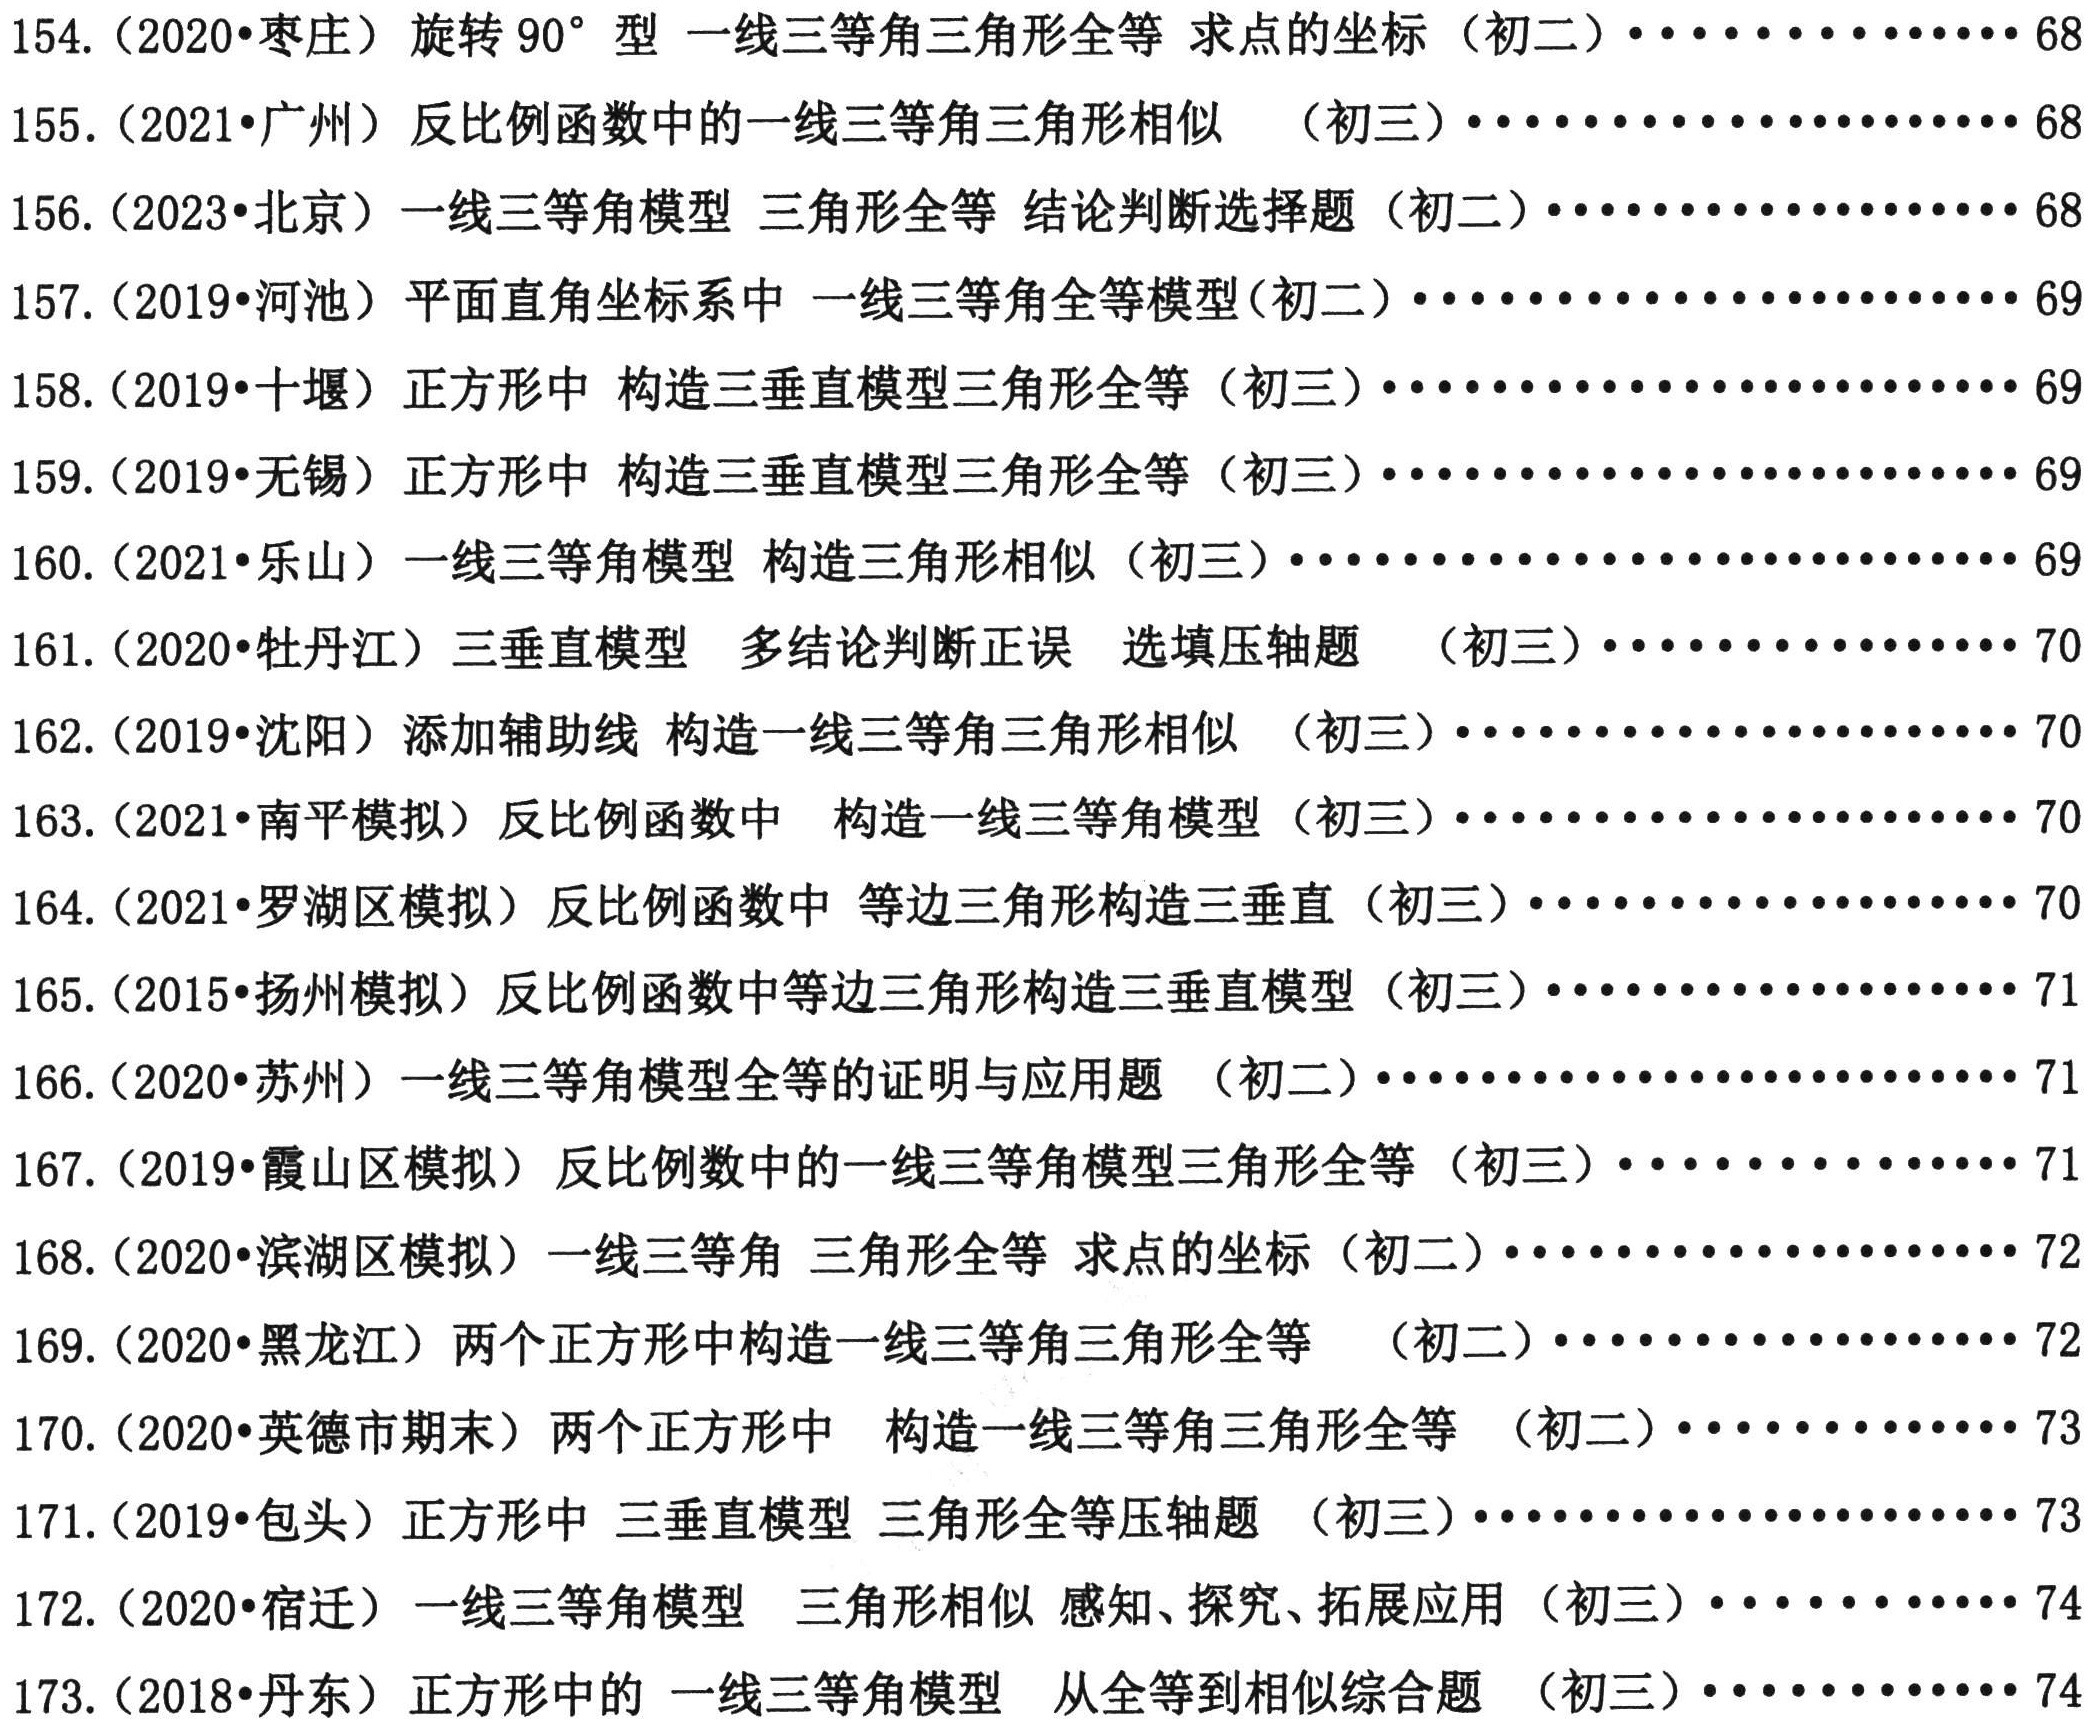
154. (2020•枣庄) 旋转 90° 型 一线三等角三角形全等 求点的坐标（初二）············ 68

155. (2021•广州) 反比例函数中的一线三等角三角形相似 （初三）············ 68

156. (2023•北京) 一线三等角模型 三角形全等 结论判断选择题（初二）············ 68

157. (2019•河池) 平面直角坐标系中 一线三等角全等模型（初二）············ 69

158. (2019•十堰) 正方形中 构造三垂直模型三角形全等（初三）············ 69

159. (2021•无锡) 正方形中 构造三垂直模型三角形全等（初三）············ 69

160. (2021•乐山) 一线三等角模型 构造三角形相似（初三）············ 69

161. (2020•牡丹江) 三垂直模型 多结论判断正误 选填压轴题 （初三）············ 70

162. (2019•沈阳) 添加辅助线 构造一线三等角三角形相似 （初三）············ 70

163. (2021•南平模拟) 反比例函数中 构造一线三等角模型（初三）············ 70

164. (2021•罗湖区模拟) 反比例函数中 等边三角形构造三垂直（初三）············ 70

165. (2015•扬州模拟) 反比例函数中等边三角形构造三垂直模型（初三）············ 71

166. (2020•苏州) 一线三等角模型全等的证明与应用题 （初二）············ 71

167. (2019•霞山区模拟) 反比例函数中的一线三等角模型三角形全等（初三）············ 71

168. (2020•滨湖区模拟) 一线三等角 三角形全等 求点的坐标（初二）············ 72

169. (2020•黑龙江) 两个正方形中构造一线三等角三角形全等（初二）············ 72

170. (2020•英德市期末) 两个正方形中 构造一线三等角三角形全等（初二）············ 73

171. (2019•包头) 正方形中 三垂直模型 三角形全等压轴题（初三）············ 73

172. (2020•宿迁) 一线三等角模型 三角形相似 感知、探究、拓展应用（初三）············ 74

173. (2018•丹东) 正方形中的 一线三等角模型 从全等到相似综合题（初三）············ 74